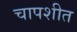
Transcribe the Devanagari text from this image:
चापशीत